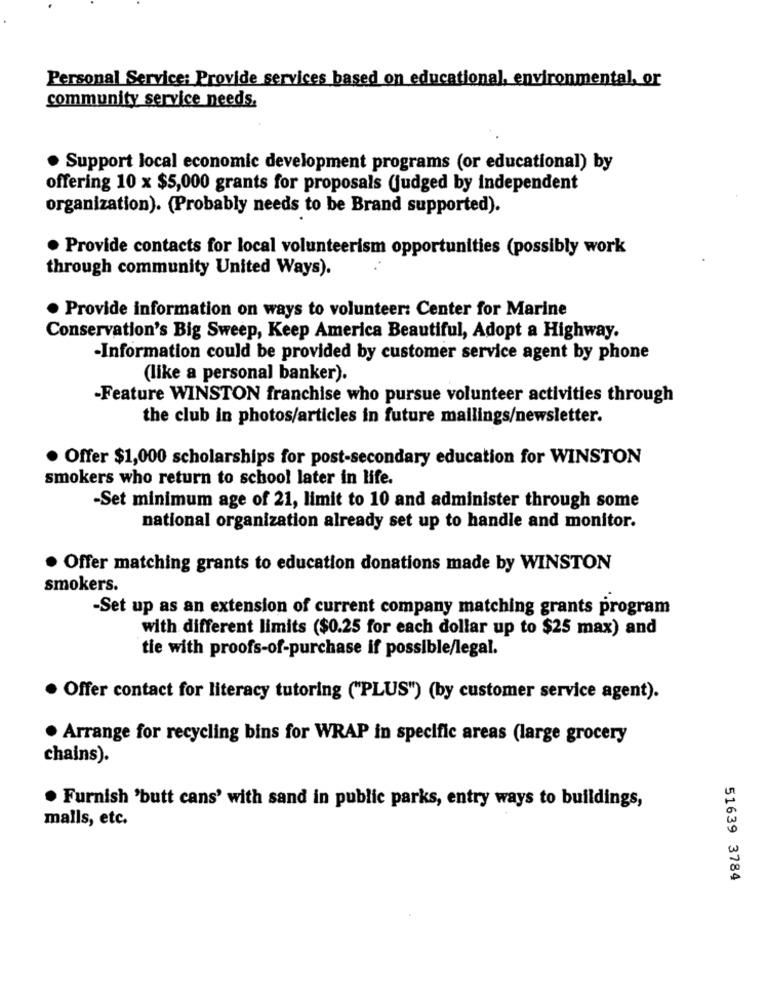
Personal Service: Provide services based on educational, environmental, or
community service needs.
Support local economic development programs (or educational) by
offering 10 x $5,000 grants for proposals (judged by independent
organization). (Probably needs to be Brand supported).
. Provide contacts for local volunteerism opportunities (possibly work
through community United Ways).
· Provide information on ways to volunteer: Center for Marine
Conservation's Big Sweep, Keep America Beautiful, Adopt a Highway.
-Information could be provided by customer service agent by phone
(like a personal banker).
-Feature WINSTON franchise who pursue volunteer activities through
the club in photos/articles in future mailings/newsletter.
. Offer $1,000 scholarships for post-secondary education for WINSTON
smokers who return to school later in life.
-Set minimum age of 21, limit to 10 and administer through some
national organization already set up to handle and monitor.
Offer matching grants to education donations made by WINSTON
smokers.
-Set up as an extension of current company matching grants program
with different limits ($0.25 for each dollar up to $25 max) and
tie with proofs-of-purchase if possible/legal.
Offer contact for literacy tutoring ("PLUS") (by customer service agent).
Arrange for recycling bins for WRAP in specific areas (large grocery
chains).
. Furnish 'butt cans' with sand in public parks, entry ways to buildings,
malls, etc.
51639 3784